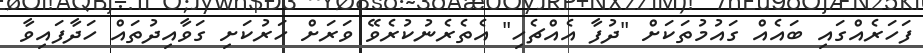
ފަހަރެއްގައި ބައެއް ގައުމުތަކަށް "ދުފާ އެއްޗެހި" އެތެރެނުކުރެވޭ ވަރަށް ހަރުކަށި ގަވާއިދުތައް ހަދާފައިވާ